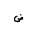
Letter: _dad